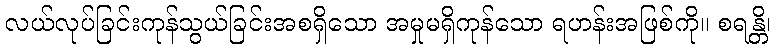
လယ်လုပ်ခြင်းကုန်သွယ်ခြင်းအစရှိသော အမှုမရှိကုန်သော ရဟန်းအဖြစ်ကို။ စရန္တိ၊